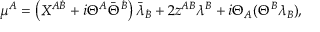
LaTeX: \mu ^ { A } = \left( X ^ { A \dot { B } } + i \Theta ^ { A } \bar { \Theta } ^ { \dot { B } } \right) \bar { \lambda } { } _ { { \dot { B } } } + 2 z ^ { A B } \lambda ^ { B } + i \Theta _ { A } ( \Theta ^ { B } \lambda _ { B } ) ,